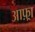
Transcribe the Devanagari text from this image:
आफ़्रा